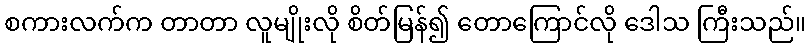
စကားလက်က တာတာ လူမျိုးလို စိတ်မြန်၍ တောကြောင်လို ဒေါသ ကြီးသည်။